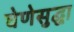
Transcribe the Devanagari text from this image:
घेणेसुद्घा